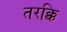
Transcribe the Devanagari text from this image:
तरक्कि